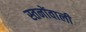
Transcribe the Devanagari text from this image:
स्तनोंवाली